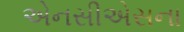
એનસીએસના